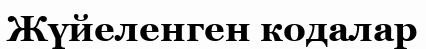
Жүйеленген кодалар